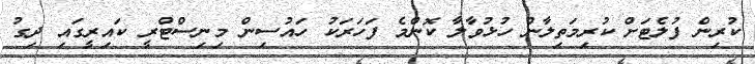
ކުރިން ފުލެޓަށް ކުރިމަތިލާން ހުޅުވާލާ ކޮންމެ ފަހަރަކު ހައުސިން މިނިސްޓްރީ ކައިރީގައި ދިގު